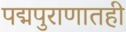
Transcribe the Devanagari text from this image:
पद्मपुराणातही